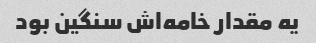
یه مقدار خامه‌اش سنگین بود